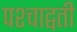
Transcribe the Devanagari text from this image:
पश्चाद्वती